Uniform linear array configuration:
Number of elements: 4
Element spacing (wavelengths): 0.5
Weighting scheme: uniform
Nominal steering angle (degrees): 15
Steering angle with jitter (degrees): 13.243
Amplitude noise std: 0.05
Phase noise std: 0.05

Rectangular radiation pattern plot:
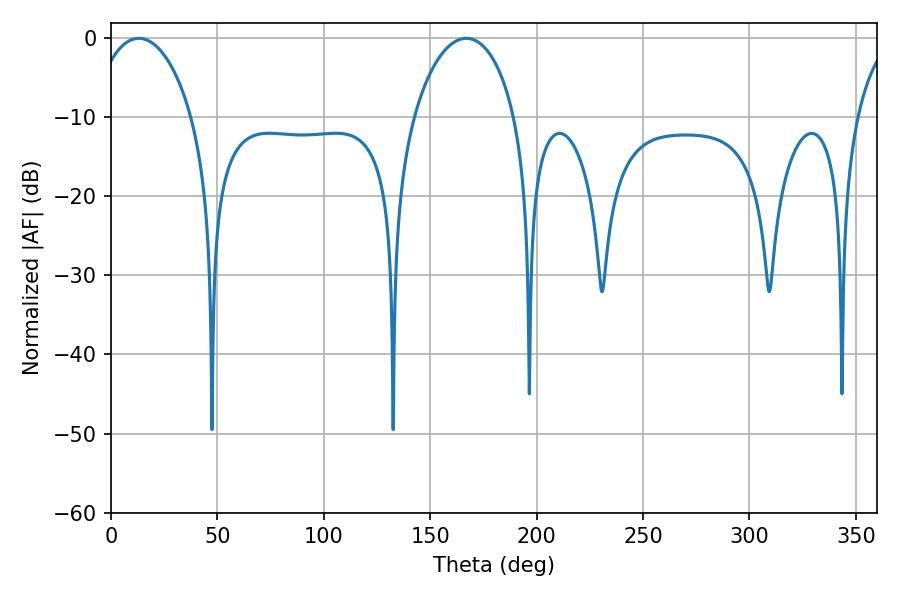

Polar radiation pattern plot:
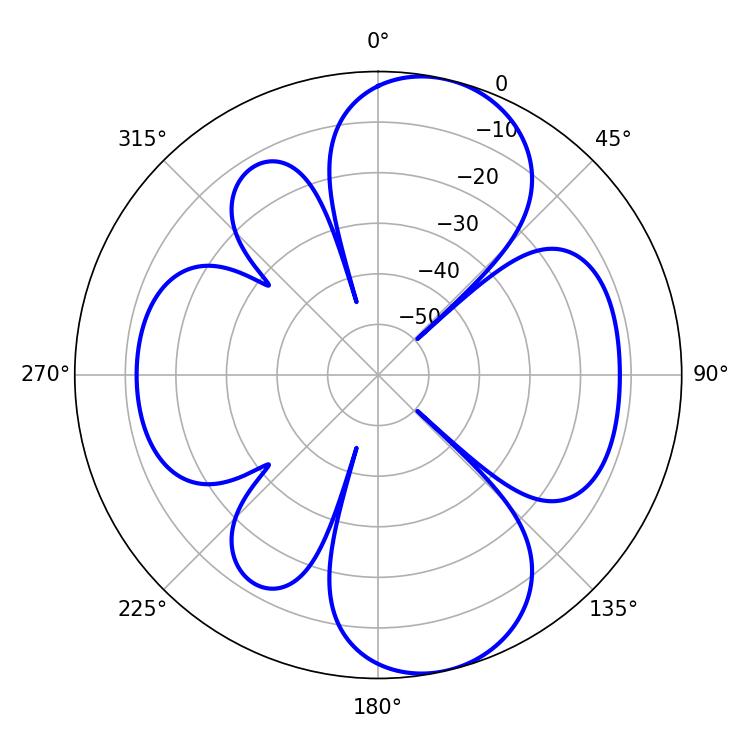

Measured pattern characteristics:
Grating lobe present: FALSE
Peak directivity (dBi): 9.46
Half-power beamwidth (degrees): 27
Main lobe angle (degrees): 12.96